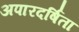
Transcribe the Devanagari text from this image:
अपारदर्षिता